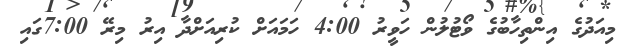
މިއަދުގެ އިންތިހާބުގެ ވޯޓުލުން ހަވީރު 4:00 ހަމައަށް ކުރިއަށްދާ އިރު މިރޭ 7:00ގައި